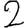
Digit: 2